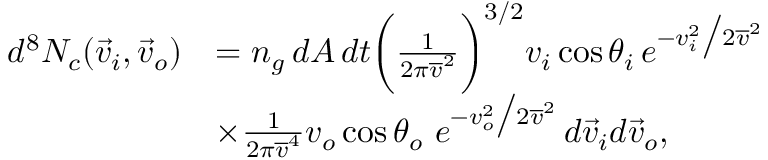
\begin{array} { r l } { d ^ { 8 } N _ { c } ( \vec { v } _ { i } , \vec { v } _ { o } ) } & { = n _ { g } \, d A \, d t \bigg ( \frac { 1 } { 2 \pi \overline { { v } } ^ { 2 } } \bigg ) ^ { 3 / 2 } v _ { i } \, \mathrm { c o s } \, \theta _ { i } \, e ^ { - v _ { i } ^ { 2 } \big / 2 \overline { { v } } ^ { 2 } } } \\ & { \times \frac { 1 } { 2 \pi \overline { { v } } ^ { 4 } } v _ { o } \, \mathrm { c o s } \, \theta _ { o } \, \, e ^ { - v _ { o } ^ { 2 } \big / 2 \overline { { v } } ^ { 2 } } \, d \vec { v } _ { i } d \vec { v } _ { o } , } \end{array}